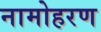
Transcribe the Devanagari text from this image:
नामोहरण